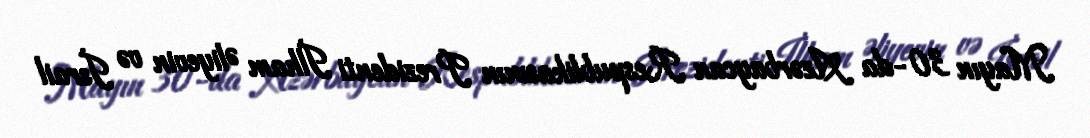
Mayın 30-da Azərbaycan Respublikasının Prezidenti İlham Əliyevin və İsrail